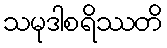
သမုဒါစရိဿတိ